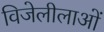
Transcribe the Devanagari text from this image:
विजेलीलाओं